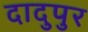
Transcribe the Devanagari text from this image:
दादुपुर